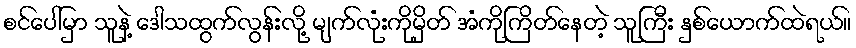
စင်ပေါ်မှာ သူနဲ့ ဒေါသထွက်လွန်းလို့ မျက်လုံးကိုမှိတ် အံကိုကြိတ်နေတဲ့ သူကြီး နှစ်ယောက်ထဲရယ်။